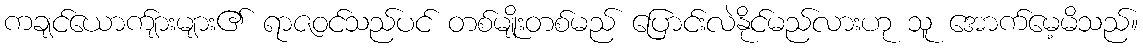
ကချင်ယောက်ျားများ၏ ရာဇဝင်သည်ပင် တစ်မျိုးတစ်မည် ပြောင်းလဲနိုင်မည်လားဟု သူ အောက်မေ့မိသည်။